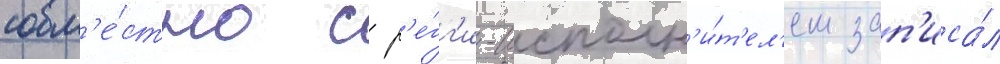
совм'е́стно с р'е́гг'и-исполн'и́т'ел'ем зап'иса́л